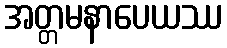
အတ္တမနာပေယဿ